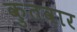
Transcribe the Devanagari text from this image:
कुतवार